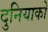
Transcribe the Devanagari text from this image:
दुनियाको